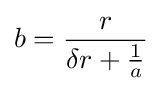
b={\frac {r}{\delta r+{\frac {1}{a}}}}